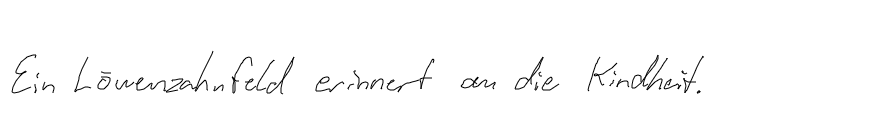
Ein Löwenzahnfeld erinnert an die Kindheit.